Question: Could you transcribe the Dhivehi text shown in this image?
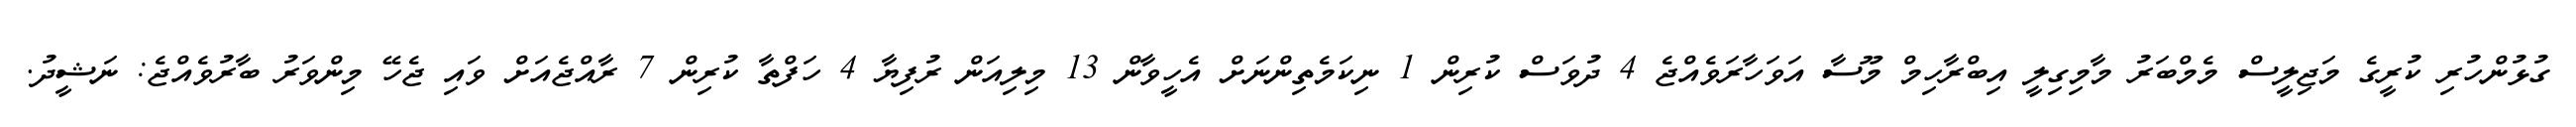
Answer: ގުޅުންހުރި ކުރީގެ މަޖިލީސް މެމްބަރު މާމިގިލީ އިބްރާހިމް މޫސާ އަވަހާރަވެއްޖެ 4 ދުވަސް ކުރިން 1 ނިކަމެތިންނަށް އެހީވާން 13 މިލިއަން ރުފިޔާ 4 ހަފްތާ ކުރިން 7 ރާއްޖެއަށް ވައި ޖެހޭ މިންވަރު ބާރުވެއްޖެ: ނަޝީދު.